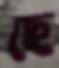
ছে